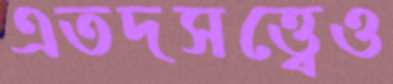
এতদসত্ত্বেও